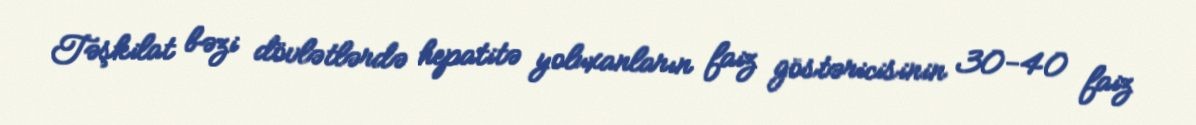
Təşkilat bəzi dövlətlərdə hepatitə yoluxanların faiz göstəricisinin 30-40 faiz